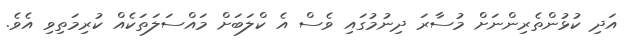
އަދި ކުޅުންތެރިންނަށް މުސާރަ ދިނުމުގައި ވެސް އެ ކްލަބަށް މައްސަލަތަކެއް ކުރިމަތިވި އެވެ.